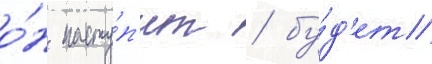
о́н насту́п'ит / бу́д'ет